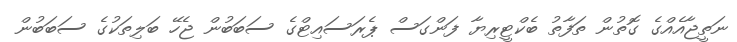
ނަތީޖާއެއްގެ ގޮތުން ތަފާތު ބެކްޓީރިޔާ ފަންގަސް ޕެރަސައިޓްގެ ސަބަބުން ޖެހޭ ބަލިތަކުގެ ސަބަބުން